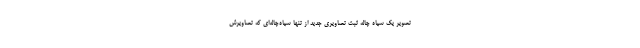
تصویر یک سیاه‌ چاله ثبت تصاویری جدید از تنها سیاه‌چاله‌ای که تصاویرش